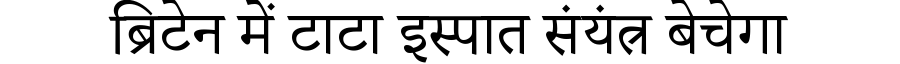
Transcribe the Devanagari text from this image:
ब्रिटेन में टाटा इस्पात संयंत्र बेचेगा